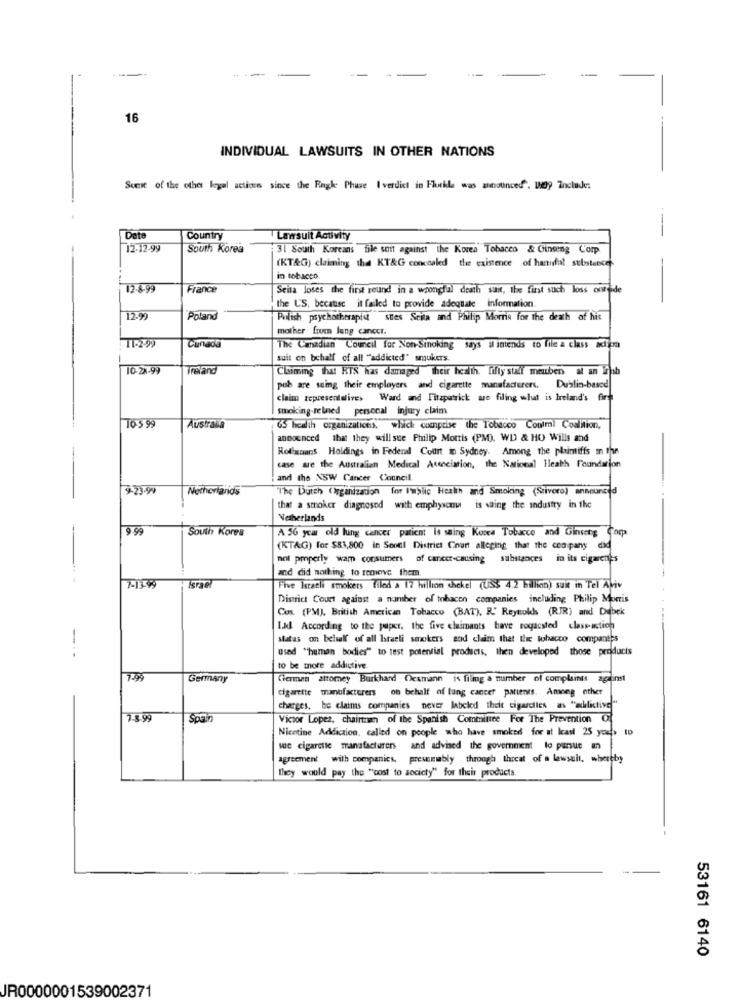
---
---
16
INDIVIDUAL LAWSUITS IN OTHER NATIONS
Sumit of the other legal actions since the Eagle Phase I verdict in Florida was announced". Wdy Include:
Dete
Country
Lawsuit Activity
-
12-12.99
South Korea
3| South Koreans file suit against the Korea Tobacco & Ginseng Corp
(KT&G) claiming the KT&G concealed the existence of hantiful substances
in tobacco.
12-8-99
France
Seita loses the first round in a wrongful death suit, the first such loss onfede
the US, because it failed to provide adegtale information.
12.99
Poland
Polish psychotherapist stes Seita and Philip Morris for the death of his
mother frue lung cancer.
11.2-99
Canada
The Canadian Council for Non-Sinoking
says il intends to file a class action
suit on behalf of all ""addicted" smukers.
10-28-99
Treland
Claiming that RTS has damaged Their health. fifty staff meuben at an ifsh
pub are suing their employers and cigarette manufacturers. Dublin-based
claim representatives Ward and Fitzpatrick ase filing what is Ireland's fire
smoking-relned personal injury claim
10 5 99
Australia
GS health organizationt, which comprise the Tobacco Conimi Coalition,
announced that they will see Philip Morris (PM), WD & HO Wills and
Roligaans Holdings in Federal Court in Sydney. Among the plaintiffs in the
-
case are the Australian Medical Association, the National Heath Foundation
and the XSW Cancer Council.
9-23-99
Netherlands
"The Dutch (organization for Public Health and Smoking (Stivero) announced
that a smoker diagnosed with emphysema is saing the industry in the
Netherlands
9.99
South Korea
A 56 year old lung cancer patient is swing Korea Tobacco and Ginseng Comp
(KTAG) for $83,800 in Seoul District Court alleging that the company did
not properly wam consumers of cancer-causing substances in its cigarenes
and did nothing to renewve them.
7-159
Five Israeli smokers Tiled a 17 Million chekel (US$ 4.2 Billion) suit in Tel Aviv
District Court against a number of tobacco companies including Philip Morris
Cos. (PM), British American Tobacco (BAT), R' Reytokk (RIR) and Dibek
L.kl According to the paper, the five claimants have rogacsted class-action
-
slatas on behalf of all Israeli smokers and claim that the tobacco companies
used "human bodies" to test potential products, then developed those products
to be more addictive.
7-99
Germany
German attomey Burkhard Oexmann is filing a number of complaints against
cigarette manufacturers on behalf of lung cancer patients. Among other
charges, he claims companies never labeled theit cigardies as "achilictive"
7.8.99
Spain
Victor Lopez, chairman of the Spanish Committee For The Prevention Of
Nicotine Addiction, called on people who have smoked for at least 25 yoces ID
sue cigarette manufacturers and advised the government to pursue an
agreement with companies, presumably through threat of a lawsuit, whereby
they would pay the ""cost to society" for their products.
53161 6140
JR0000001539002371